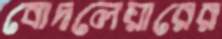
বোদলেয়ারের